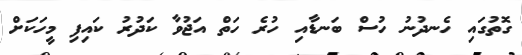
ގޮތުގައި ހެނދުނު ހުސް ބަނޑާއި ހުރެ ހަތް އަޖުވާ ކަދުރު ކައިފި މީހަކަށް